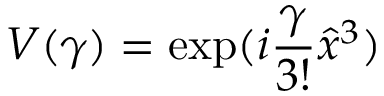
V ( \gamma ) = \exp ( i \frac { \gamma } { 3 ! } \hat { x } ^ { 3 } )